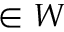
\in { \cal W }